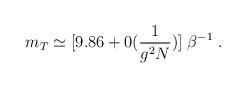
LaTeX: \begin{align*}m_T \simeq [9.86 + 0( \frac{1}{g^2 N} )] \; \beta^{-1} \; .\end{align*}